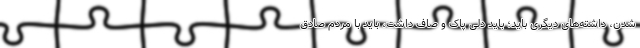
شدن، داشته‌های دیگری باید؛ باید دلی پاک و صاف داشت، باید با مردم صادق